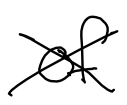
Text: of
Cross-out: cross
Writing tool: digital_black